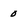
Character: 0